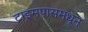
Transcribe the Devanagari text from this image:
टाइमपासमधून